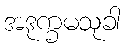
အဒုက္ခမသုခါ